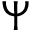
\Psi